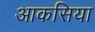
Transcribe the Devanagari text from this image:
आकसिया